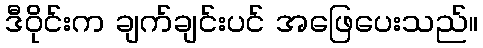
ဒီဝိုင်းက ချက်ချင်းပင် အဖြေပေးသည်။